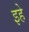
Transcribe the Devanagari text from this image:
इहे